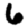
Digit: 6